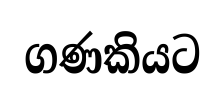
ගණකියට